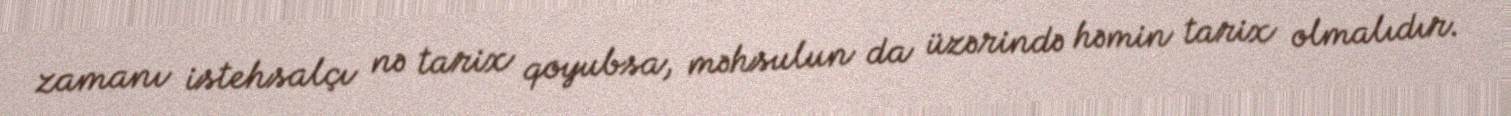
zamanı istehsalçı nə tarix qoyubsa, məhsulun da üzərində həmin tarix olmalıdır.